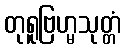
တုရူဗြဟ္မသုတ္တံ